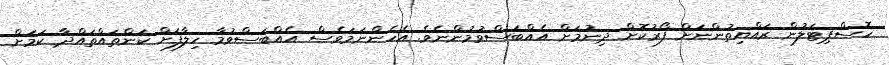
ހޮސްޕިޓަލުން ރައްޔިތުންނަށް ފޯރުކޮށް ދިނުމަށް އެއްބަސްވުމުންނެވެ. އެހެންނަމަވެސް އެއްބަސްވުމާ ހިލާފަށް ކަންތައްތައްދާ ކަމަށް